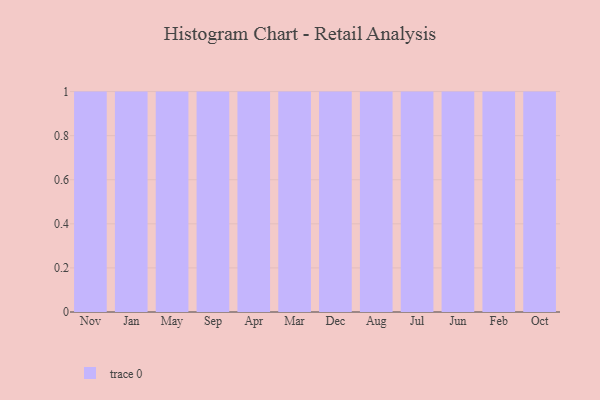
{"axis": {"x": "Month", "y": "LTV (USD)"}, "legend": [""], "data": [{"x": "Nov", "y": 9, "type": ""}, {"x": "Jan", "y": 71, "type": ""}, {"x": "May", "y": 64, "type": ""}, {"x": "Sep", "y": 51, "type": ""}, {"x": "Apr", "y": 52, "type": ""}, {"x": "Mar", "y": 42, "type": ""}, {"x": "Dec", "y": 97, "type": ""}, {"x": "Aug", "y": 51, "type": ""}, {"x": "Jul", "y": 36, "type": ""}, {"x": "Jun", "y": 100, "type": ""}, {"x": "Feb", "y": 5, "type": ""}, {"x": "Oct", "y": 7, "type": ""}]}